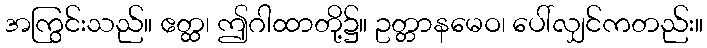
အကြွင်းသည်။ ဧတ္ထ၊ ဤဂါထာတို့၌။ ဥတ္တာနမေဝ၊ ပေါ်လျှင်ကတည်း။